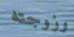
وزوجته